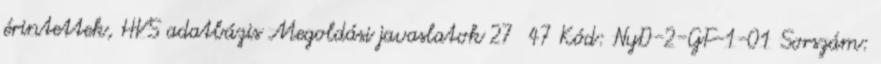
érintettek, HVS adatbázis Megoldási javaslatok 27 47 Kód: NyD-2-GF-1-01 Sorszám: